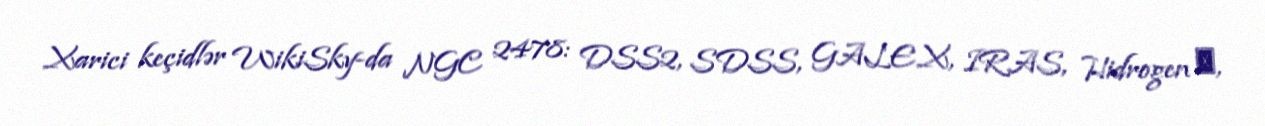
Xarici keçidlər WikiSky-da NGC 2478: DSS2, SDSS, GALEX, IRAS, Hidrogen α,